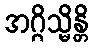
အဂ္ဂိသ္မိန္တိ